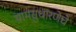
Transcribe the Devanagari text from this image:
ग्रामसुधारणेचे